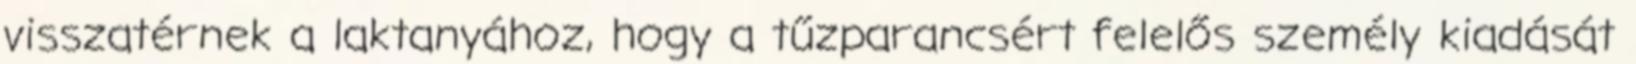
visszatérnek a laktanyához, hogy a tűzparancsért felelős személy kiadását